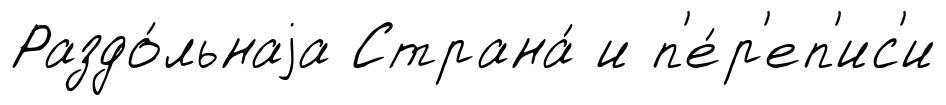
Раздо́льнаjа Страна́ и п'е́р'еп'ис'и